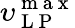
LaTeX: \upsilon_{\mathrm{~L~P~}}^{\mathrm{~m~a~x~}}